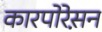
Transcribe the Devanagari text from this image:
कारपोरेस़न